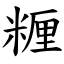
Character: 糎